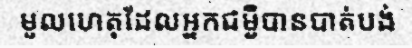
មូលហេតុដែលអ្នកជម្ងឺបានបាត់បង់